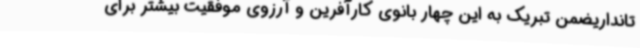
تانداریضمن تبریک به این چهار بانوی کارآفرین و آرزوی موفقیت بیشتر برای